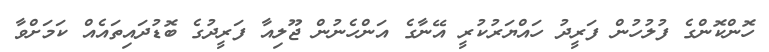
ހޮންކޮންގެ ފުލުހުން ފަރީދު ހައްޔަރުކުރީ އޭނާގެ އަންހެނުން ޖޫލިއާ ފަރީދުގެ ބޮޑުދައިތައެއް ކަމަށްވާ